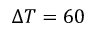
\Delta T = 6 0